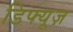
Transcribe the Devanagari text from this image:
डिफ्यूज़